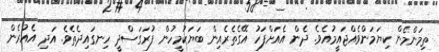
ތިމަންމެން ކިޔަމަންވެއްޖައީމުއެވެ. ދެން އެއަށްފަހު އޭގެތެރެއިން ބަޔަކުމީހުން ފުރަގަސްދީ ހިނގައިދެތެވެ. އަދި އެއުރެން